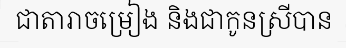
ជាតារាចម្រៀង និងជាកូនស្រីបាន